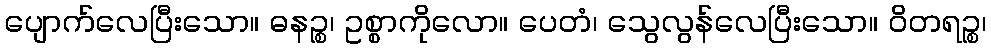
ပျောက်လေပြီးသော။ ဓနဉ္စ၊ ဥစ္စာကိုလော။ ပေတံ၊ သွေလွန်လေပြီးသော။ ဝိတရဉ္စ၊